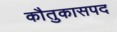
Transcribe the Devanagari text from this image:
काैतुकासपद